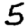
Digit: 5